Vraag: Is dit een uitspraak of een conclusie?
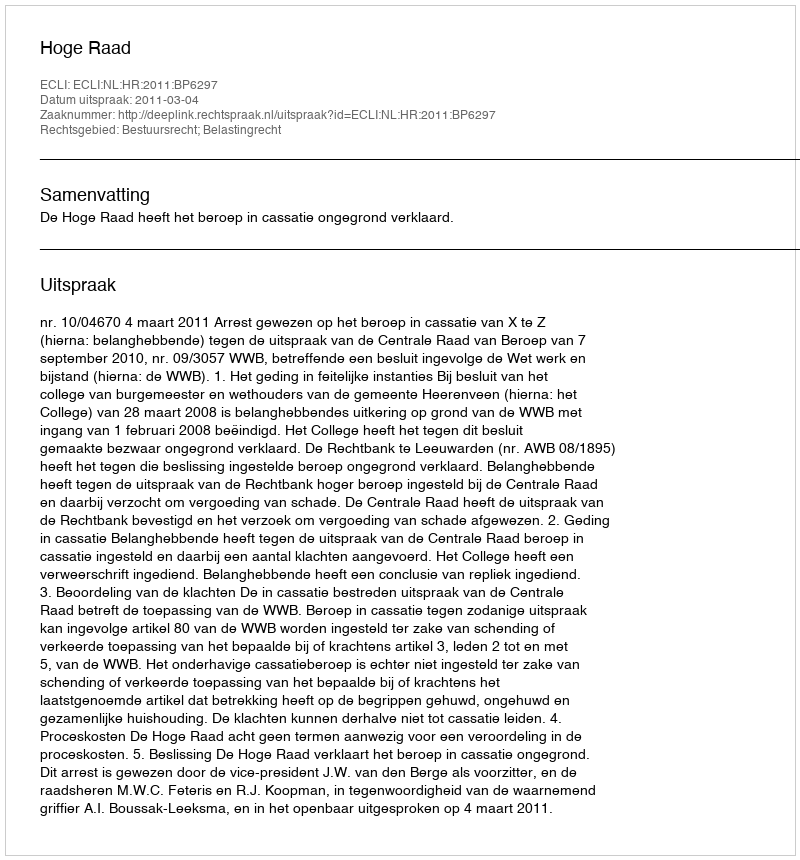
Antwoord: Uitspraak